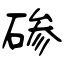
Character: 碜